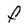
Character: F